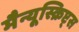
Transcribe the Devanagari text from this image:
मैन्यूस्क्रिप्ट्स